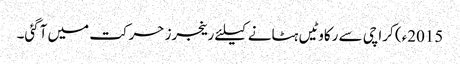
2015ء) کراچی سے رکاوٹیں ہٹانے کیلئے رینجرز حرکت میں آگئی۔